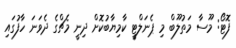
ފޮޓޯ: މޫސާ މަތުލޫބް މި ޕެނަލްޓީ ކާމިޔާބުކޮށް ދިނީ މެޗްގެ ދެވަނަ ހާފުގައި